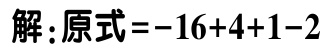
解：原式\(=-16 + 4 + 1 - 2\)